Source: Computer-generated
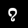
Digit: ၇ (7)